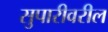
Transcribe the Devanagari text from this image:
सुपारीवरील